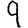
Digit: 9